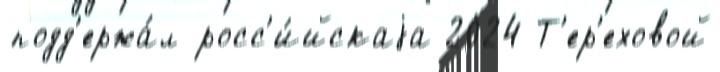
подд'ержа́л росс'и́йскаjа 2024 Т'ер'еховой